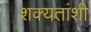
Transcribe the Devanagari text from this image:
शक्यतांशी